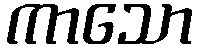
ကာသော